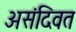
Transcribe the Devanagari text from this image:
असंदिवत